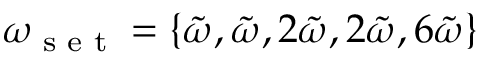
\omega _ { \textrm { s e t } } = \{ \tilde { \omega } , \tilde { \omega } , 2 \tilde { \omega } , 2 \tilde { \omega } , 6 \tilde { \omega } \}